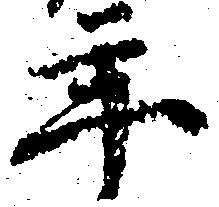
年